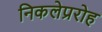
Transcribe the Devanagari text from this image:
निकलेप्ररोह